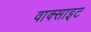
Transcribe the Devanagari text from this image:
वाक्साइट